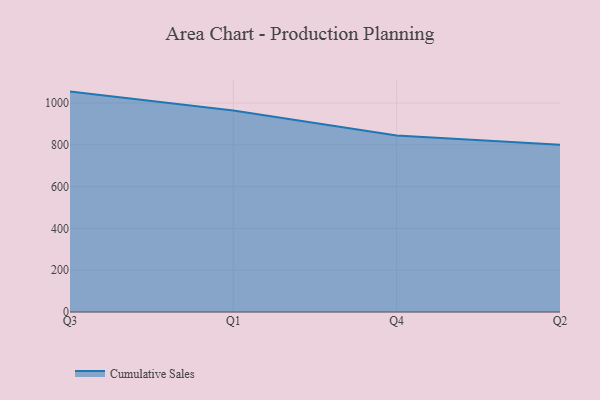
{"axis": {"x": "Quarter", "y": "Churn Rate (%)"}, "legend": ["Cumulative Sales"], "data": [{"x": "Q3", "y": 1054.5, "type": "Cumulative Sales"}, {"x": "Q1", "y": 964.6, "type": "Cumulative Sales"}, {"x": "Q4", "y": 844.0, "type": "Cumulative Sales"}, {"x": "Q2", "y": 800, "type": "Cumulative Sales"}]}